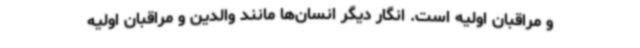
و مراقبان اولیه است. انگار دیگر انسان‌ها مانند والدین و مراقبان اولیه